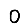
Digit: 0